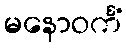
မနောဝင်္ကံ